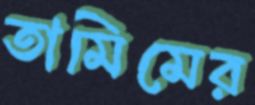
তামিমের